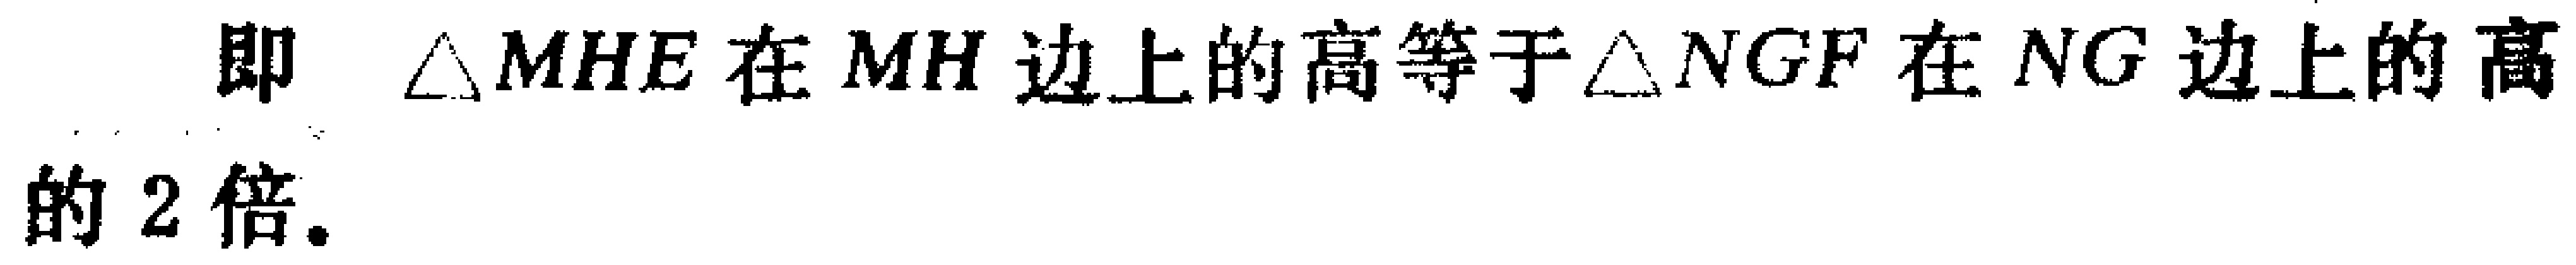
即 $\triangle MHE$ 在 $MH$ 边上的高等于 $\triangle NGF$ 在 $NG$ 边上的高的 2 倍.